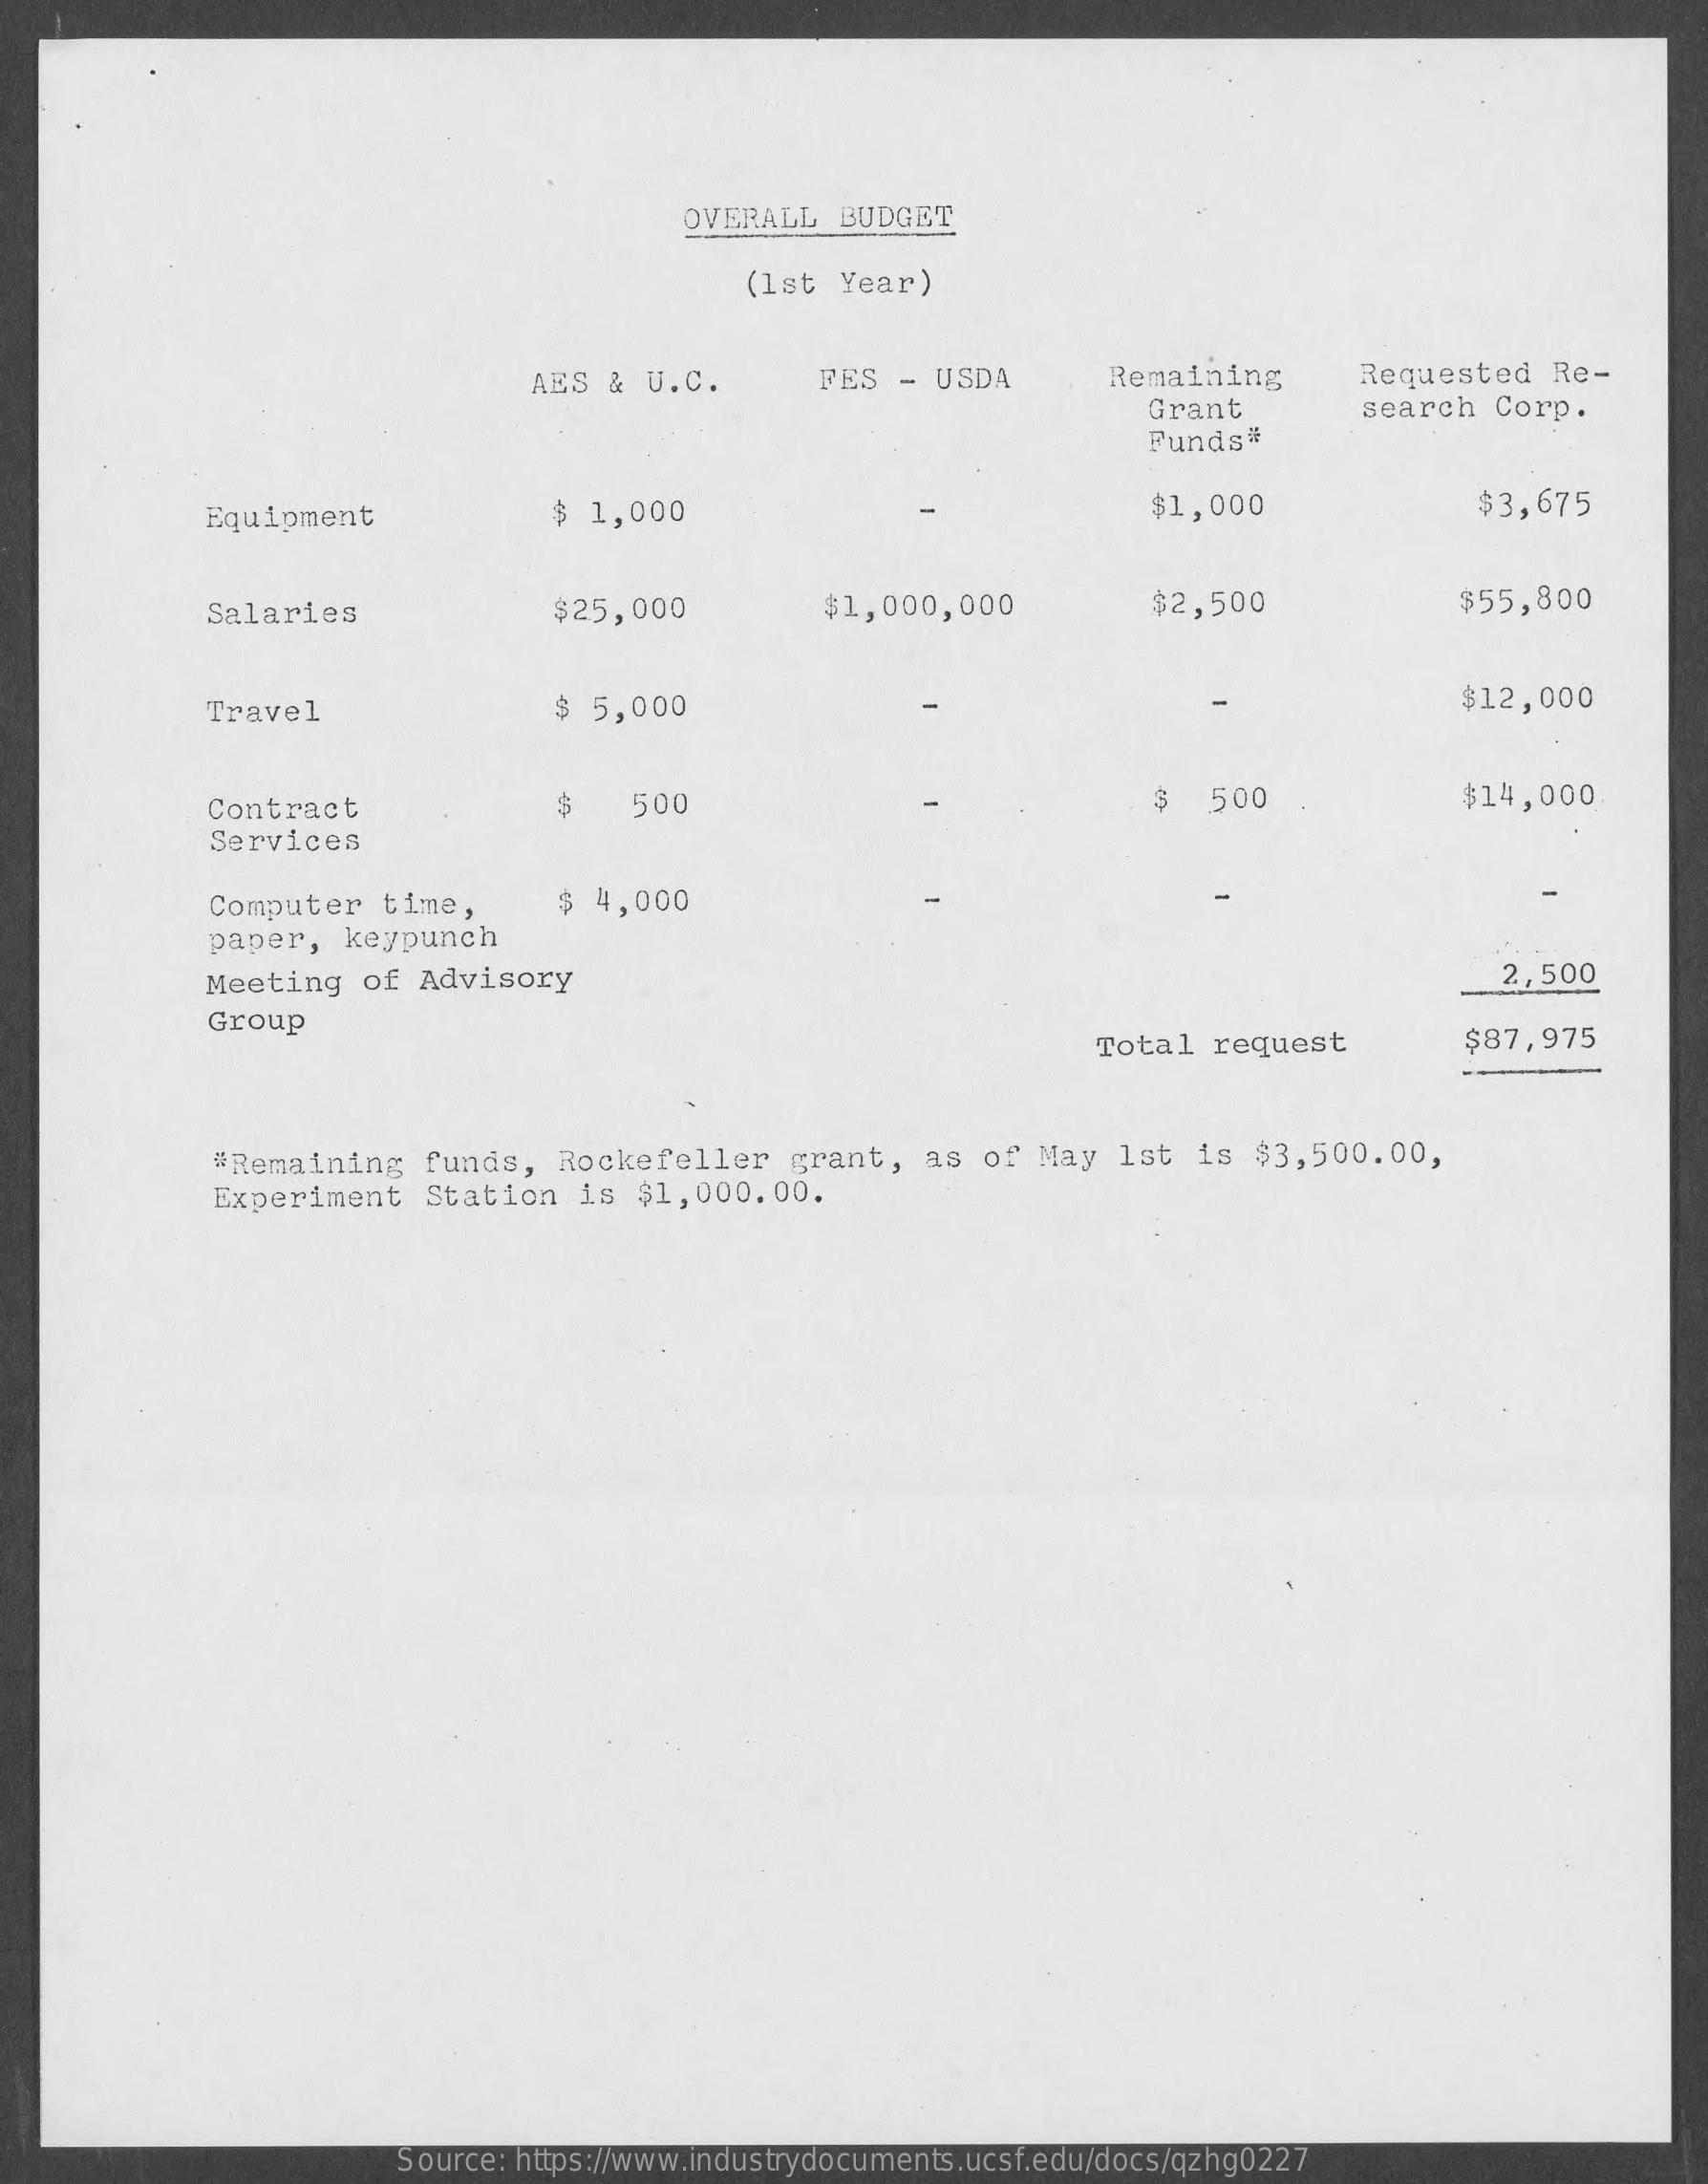
OVERALL  BUDGET
     (1st Year)
     AES &  U.C.    FES  -  USDA    Remaining    Requested   Re-
     Grant    search   Corp.
     Funds#
     Equipment    $ 1,000    $1,000    $3,675
     Salaries    $25,000    $1,000,000    $2,500    $55,800
     Travel    $ 5,000    $12,000
     Contract    500    3   500    $14,000
     Services
     Computer   time,    $  4,000
     paper,  keypunch
     Meeting    of Advisory    2,500
     Group
     Total   request    $87,975
     #Remaining   funds,   Rockefeller    grant,   as  of May  1st   is $3,500.00,
     Experiment    Station   is $1,000.00.
     Source: https://www.industrydocuments.ucsf.edu/docs/qzhg0227